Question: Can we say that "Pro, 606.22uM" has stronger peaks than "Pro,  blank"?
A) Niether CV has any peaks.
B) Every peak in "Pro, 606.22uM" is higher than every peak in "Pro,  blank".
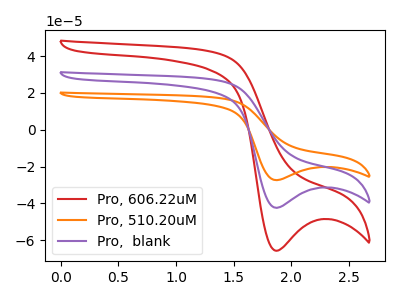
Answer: <think>The red curve "Pro, 606.22uM" has a cathodic peak at: (1.85V, -65.75uA). The orange curve "Pro, 510.20uM" has a cathodic peak at: (1.85V, -84.95uA). The purple curve "Pro,  blank" has a cathodic peak at: (1.85V, -42.45uA).</think>
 <answer>B) Every peak in "Pro, 606.22uM" is higher than every peak in "Pro,  blank".</answer>
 <eval>B</eval>